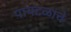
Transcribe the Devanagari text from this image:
पायदळांचे